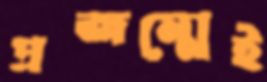
প্রজন্মেই